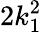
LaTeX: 2k_{1}^{2}